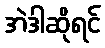
အဲဒါဆိုရင်